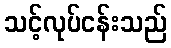
သင့်လုပ်ငန်းသည်